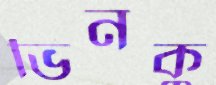
ভিনকু